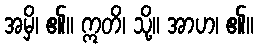
အမှိ၊ ၏။ ဣတိ၊ သို့။ အာဟ၊ ၏။